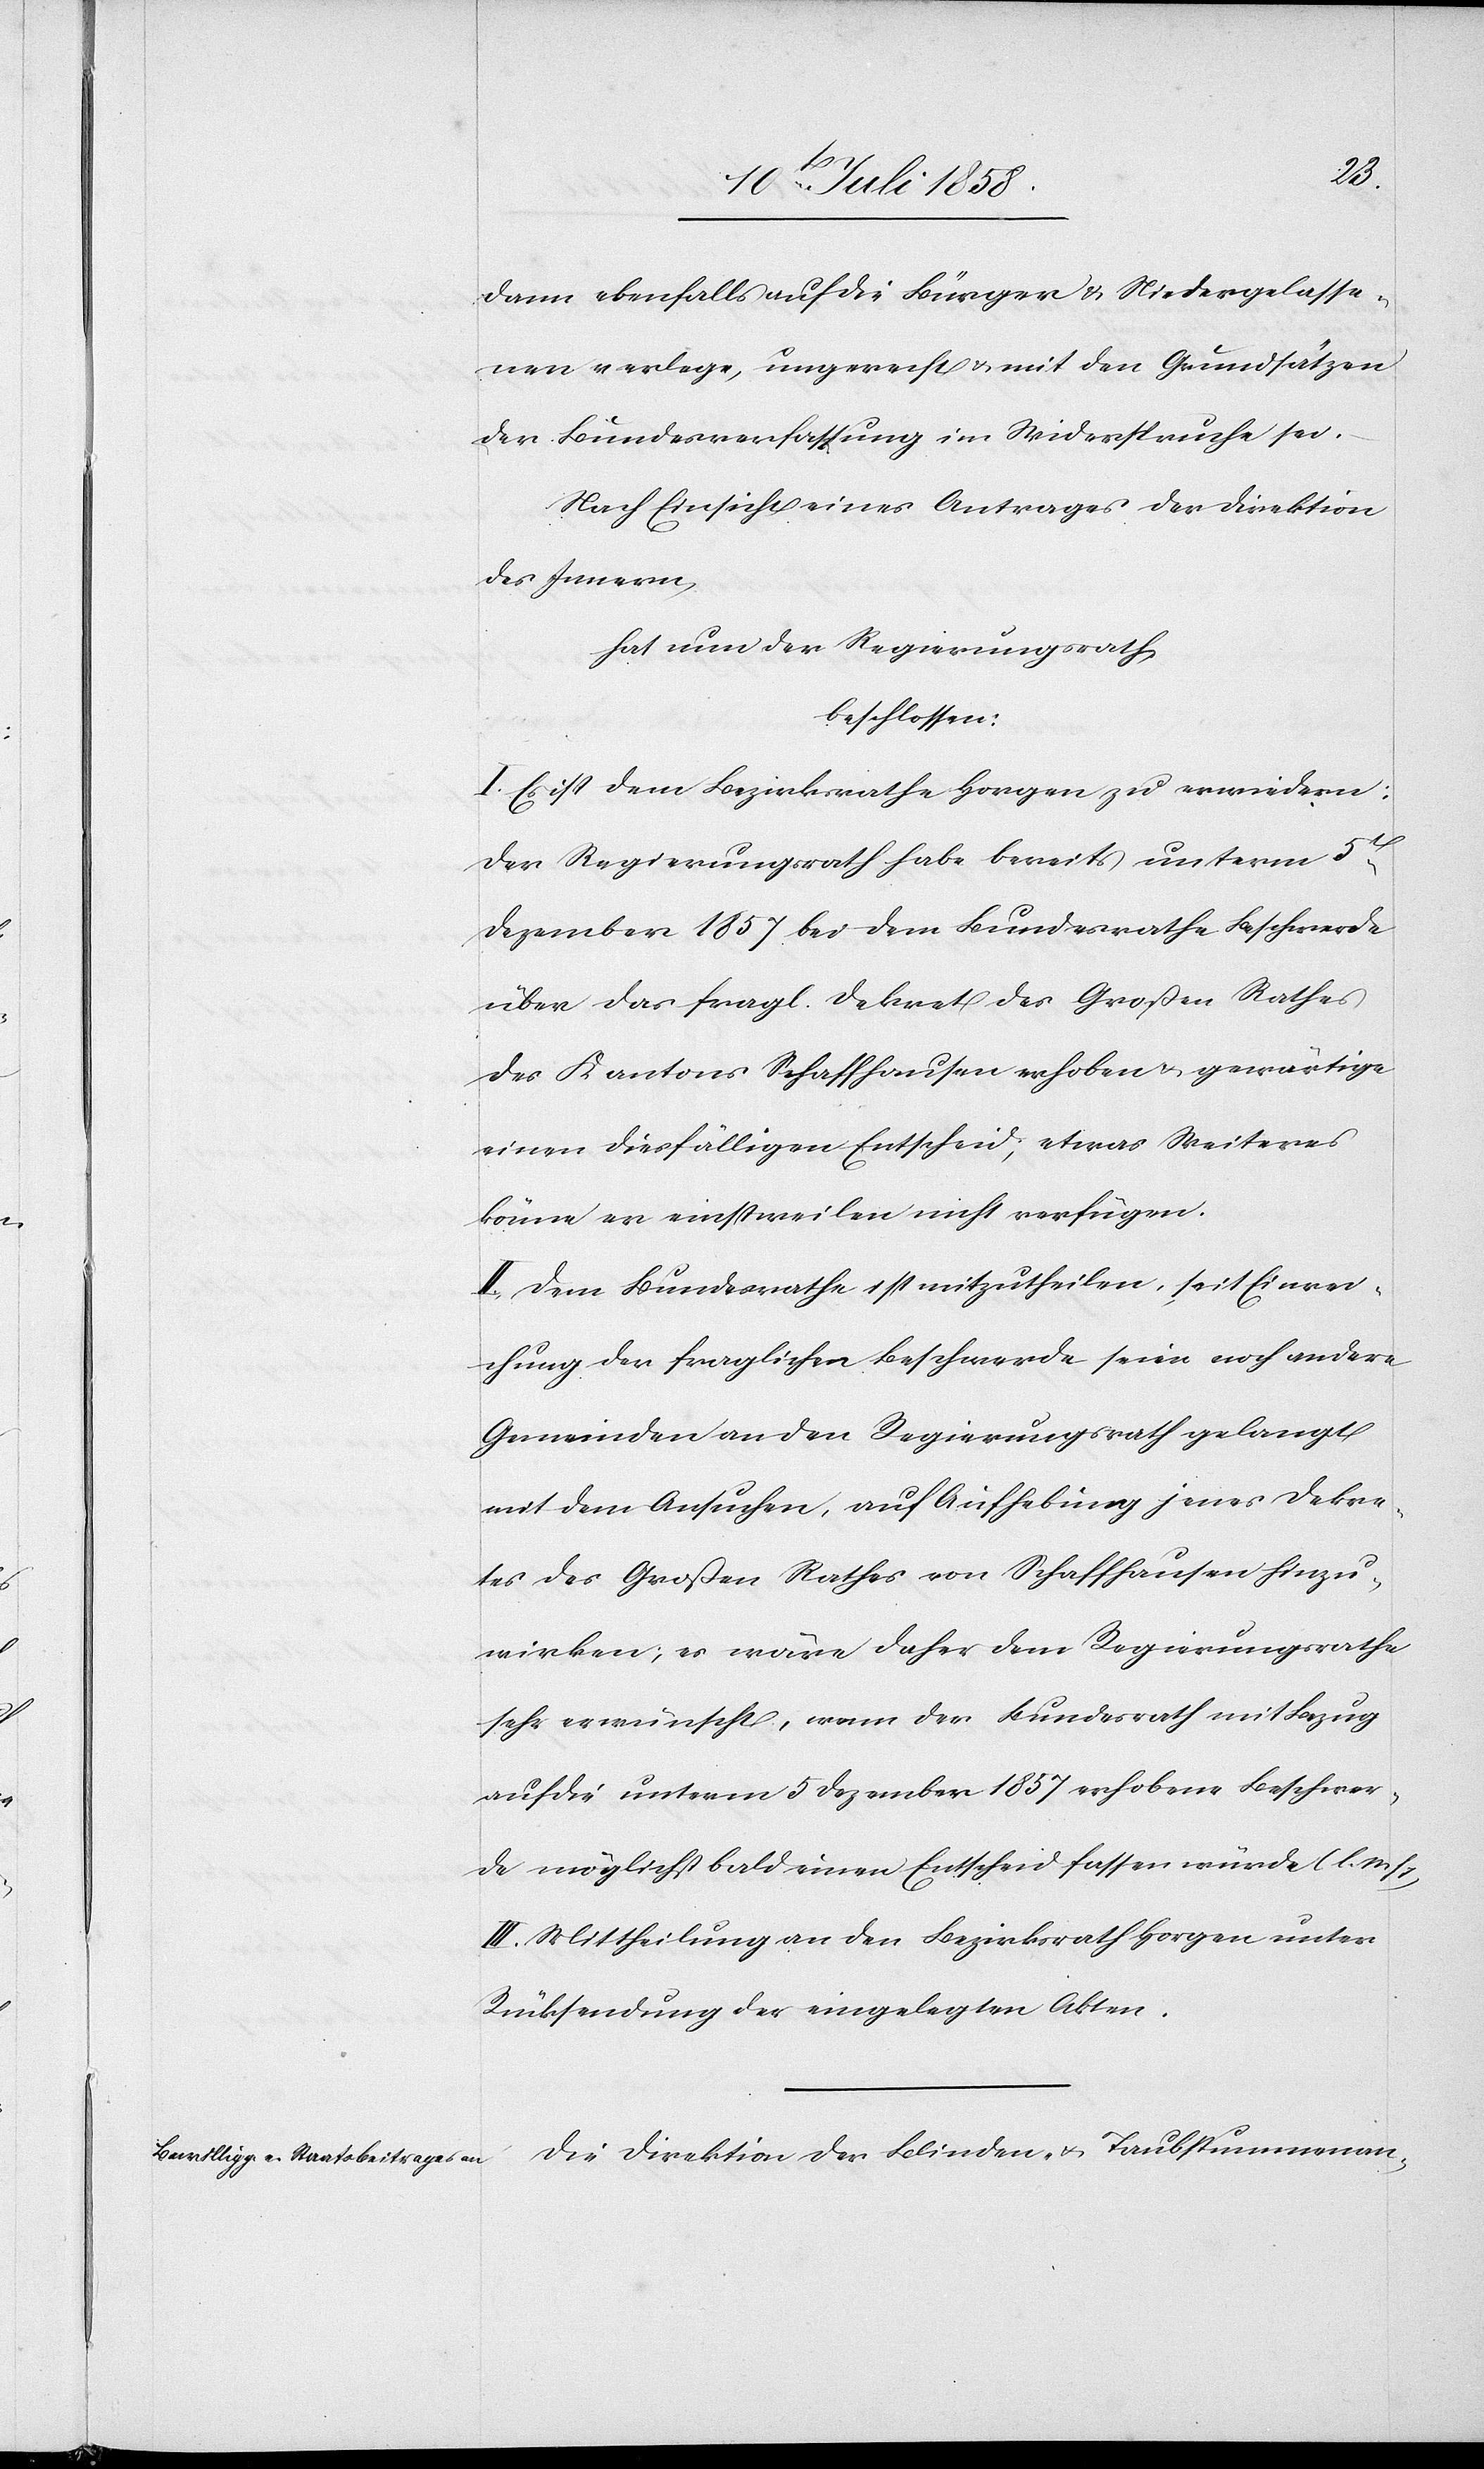
dann ebenfalls auf die Bürger & Niedergelasse¬
nen verlege, ungerecht & mit den Grundsätzen
der Bundesverfassung im Widerspruche sei.
Nach Einsicht eines Antrages der Direktion
des Innern,
hat nun der Regierungsrath
beschlossen:
I. Es ist dem Bezirksrathe Horgen zu erwiedern:
Der Regierungsrath habe bereits unterm 5t
Dezember 1857 bei dem Bundesrathe Beschwerde
über das fragl. Dekret des Großen Rathes
des Kantons Schaffhausen erhoben & gewärtige
einen diesfälligen Entscheid; etwas Weiteres
könne er einstweilen nicht verfügen.
II. Dem Bundesrathe ist mitzutheilen, seit Einrei¬
chung der fraglichen Beschwerde seien noch andere
Gemeinden an den Regierungsrath gelangt
mit dem Ansuchen, auf Aufhebung jenes Dekre¬
tes des Großen Rathes von Schaffhausen hinzu¬
wirken; es wäre daher dem Regierungsrathe
sehr erwünscht, wenn der Bundesrath mit Bezug
auf die unterm 5 Dezember 1857 erhobene Beschwer¬
de möglichst bald einen Entscheid fassen würde (l. M. h.
III. Mittheilung an den Bezirksrath Horgen unter
Rücksendung der eingelegten Akten.
Die Direktion der Blinden- & Taubstummenan-